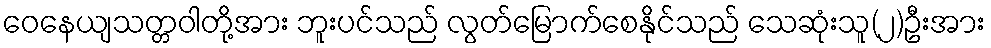
ဝေနေယျသတ္တဝါတို့အား ဘူးပင်သည် လွတ်မြောက်စေနိုင်သည် သေဆုံးသူ(၂)ဦးအား